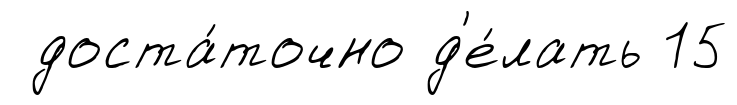
доста́точно д'е́лать 15